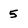
Character: 5